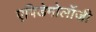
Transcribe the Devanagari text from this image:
एपिडेमोलॉजी